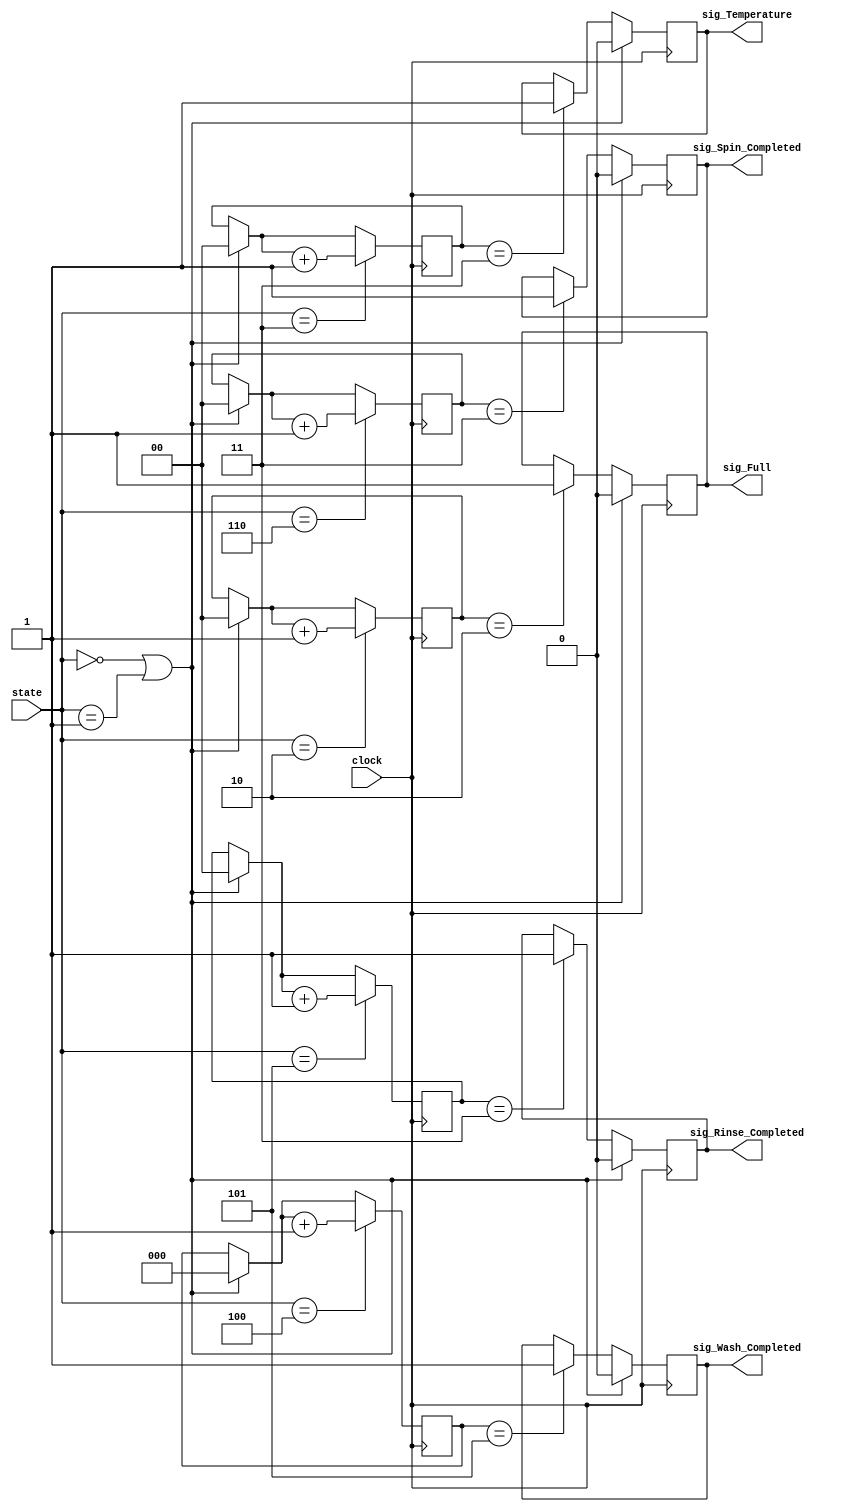
// ref: https://github.com/yasnakateb/WMController
module Timer (
    clock,
    state,
    sig_Full,
    sig_Temperature,
    sig_Wash_Completed,
    sig_Rinse_Completed,
    sig_Spin_Completed,
    );
    
    input clock;

    input [2:0] state;
    
    output sig_Full;
    output sig_Temperature;
    output sig_Wash_Completed;
    output sig_Rinse_Completed;
    output sig_Spin_Completed;
    
    reg sig_Full;
    reg sig_Temperature;
    reg sig_Wash_Completed;
    reg sig_Rinse_Completed;
    reg sig_Spin_Completed;

    reg [1:0] fill_Water_Counter;
    reg [1:0] heat_Water_Counter;
    reg [2:0] wash_Counter;
    reg [1:0] rinse_Counter;
    reg [1:0] spin_Counter;

    parameter STATE_START = 3'd0;
    parameter STATE_READY = 3'd1;
    parameter STATE_FILL_WATER = 3'd2;
    parameter STATE_HEAT_WATER = 3'd3;
    parameter STATE_WASH = 3'd4;
    parameter STATE_RINSE = 3'd5;
    parameter STATE_SPIN = 3'd6;

    parameter FULL_WATER_TIME = 2'd2;
    parameter REQUIRED_TEMPERATURE_TIME = 2'd3;
    parameter WASH_TIME = 3'd5;
    parameter RINSE_TIME = 2'd3;
    parameter SPIN_TIME = 2'd3;


    always @ (posedge clock) begin 
        if (fill_Water_Counter == FULL_WATER_TIME)
            sig_Full = 1;

        if (heat_Water_Counter == REQUIRED_TEMPERATURE_TIME) 
            sig_Temperature = 1;
        
        if (wash_Counter == WASH_TIME)
            sig_Wash_Completed = 1;
        if (rinse_Counter == RINSE_TIME)
            sig_Rinse_Completed = 1;
        if (spin_Counter == SPIN_TIME)
            sig_Spin_Completed = 1; 
        if (state == STATE_START || state == STATE_READY) begin
            fill_Water_Counter = 0;
            heat_Water_Counter = 0;
            wash_Counter = 0;
            rinse_Counter = 0;
            spin_Counter = 0;
            sig_Full = 0;
            sig_Temperature = 0;
            sig_Wash_Completed = 0;
            sig_Rinse_Completed = 0;
            sig_Spin_Completed = 0; 
        end 

        case (state)
            STATE_FILL_WATER: 
                fill_Water_Counter = fill_Water_Counter + 1'd1;
                
            STATE_HEAT_WATER: 
                heat_Water_Counter = heat_Water_Counter + 1'd1;
                
            STATE_WASH: 
                wash_Counter = wash_Counter + 1'd1;
                
            STATE_RINSE: 
                rinse_Counter = rinse_Counter + 1'd1;
                
            STATE_SPIN: 
                spin_Counter = spin_Counter + 1'd1;
                
        endcase
    end                    

endmodule